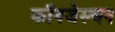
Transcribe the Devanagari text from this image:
कॉनजेस्चन